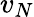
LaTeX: v_{N}